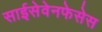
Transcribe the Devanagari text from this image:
साईसेवेनफेसेस